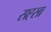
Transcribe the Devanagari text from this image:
सह्सा